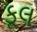
કૂલ